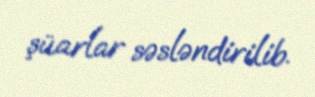
şüarlar səsləndirilib.